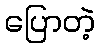
ပြောတဲ့